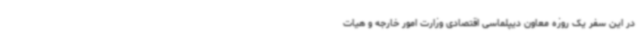
در این سفر یک روزه معاون دیپلماسی اقتصادی وزارت امور خارجه و هیات